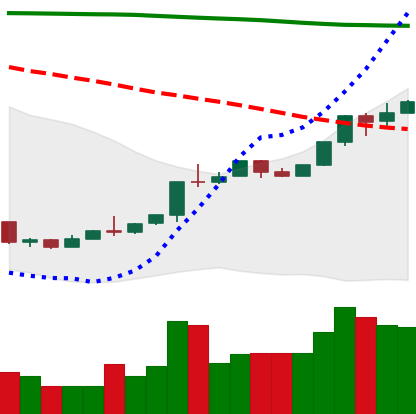
Ticker: ETH-USD
Chart end date: 2018-04-23
Forward return: 6.401%
Label: up_5_7